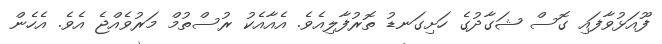
ފޫއަޅުވާފައި ގޮސް ޝަގާދުގެ ހަށިގަނޑު ތޮރުފާލިއެވެ. އެއާއެކު ރުސްތުމް މަރުވެއްޖެ އެވެ. އެހެން